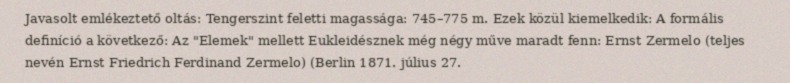
Javasolt emlékeztető oltás: Tengerszint feletti magassága: 745–775 m. Ezek közül kiemelkedik: A formális definíció a következő: Az "Elemek" mellett Eukleidésznek még négy műve maradt fenn: Ernst Zermelo (teljes nevén Ernst Friedrich Ferdinand Zermelo) (Berlin 1871. július 27.